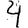
Digit: 4